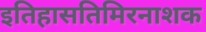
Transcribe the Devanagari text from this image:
इतिहासतिमिरनाशक